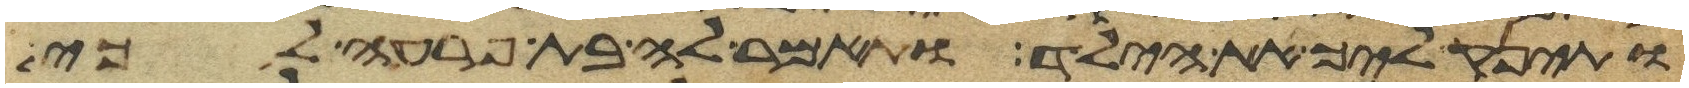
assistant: ותינק ליך את הילד ותאמר לה בת פרעה לכי